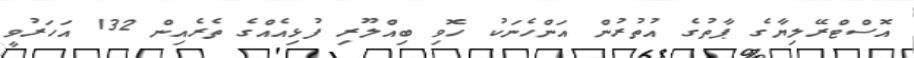
އޮސްޓްރޭލިޔާގެ ޕާތުގެ އުތުރުން އަންހެނަކު ހޮވި ބިއްލޫރި ފުޅިއެއްގެ ތެރެއިން 132 އަހަރުވީ